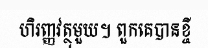
ហិរញ្ញវត្ថុមួយ។ ពួកគេបានខ្ចី